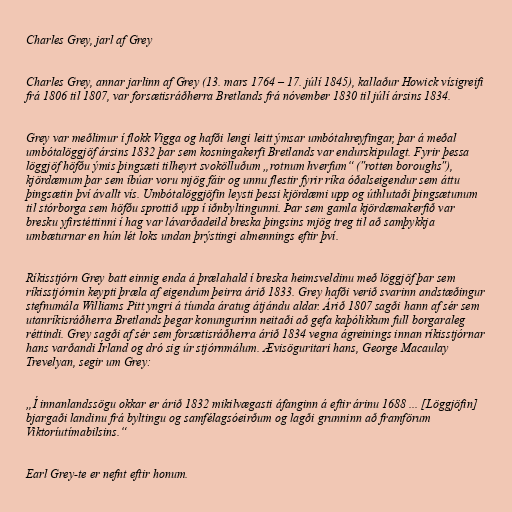
Charles Grey, jarl af Grey

Charles Grey, annar jarlinn af Grey (13. mars 1764 – 17. júlí 1845), kallaður Howick vísigreifi
frá 1806 til 1807, var forsætisráðherra Bretlands frá nóvember 1830 til júlí ársins 1834.

Grey var meðlimur í flokk Vigga og hafði lengi leitt ýmsar umbótahreyfingar, þar á meðal
umbótalöggjöf ársins 1832 þar sem kosningakerfi Bretlands var endurskipulagt. Fyrir þessa
löggjöf höfðu ýmis þingsæti tilheyrt svokölluðum „rotnum hverfum“ ("rotten boroughs"),
kjördæmum þar sem íbúar voru mjög fáir og unnu flestir fyrir ríka óðalseigendur sem áttu
þingsætin því ávallt vís. Umbótalöggjöfin leysti þessi kjördæmi upp og úthlutaði þingsætunum
til stórborga sem höfðu sprottið upp í iðnbyltingunni. Þar sem gamla kjördæmakerfið var
bresku yfirstéttinni í hag var lávarðadeild breska þingsins mjög treg til að samþykkja
umbæturnar en hún lét loks undan þrýstingi almennings eftir því.

Ríkisstjórn Grey batt einnig enda á þrælahald í breska heimsveldinu með löggjöf þar sem
ríkisstjórnin keypti þræla af eigendum þeirra árið 1833. Grey hafði verið svarinn andstæðingur
stefnumála Williams Pitt yngri á tíunda áratug átjándu aldar. Árið 1807 sagði hann af sér sem
utanríkisráðherra Bretlands þegar konungurinn neitaði að gefa kaþólikkum full borgaraleg
réttindi. Grey sagði af sér sem forsætisráðherra árið 1834 vegna ágreinings innan ríkisstjórnar
hans varðandi Írland og dró sig úr stjórnmálum. Ævisöguritari hans, George Macaulay
Trevelyan, segir um Grey:

„Í innanlandssögu okkar er árið 1832 mikilvægasti áfanginn á eftir árinu 1688 ... [Löggjöfin]
bjargaði landinu frá byltingu og samfélagsóeirðum og lagði grunninn að framförum
Viktoríutímabilsins.“

Earl Grey-te er nefnt eftir honum.